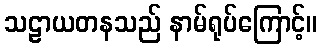
သဠာယတနသည် နာမ်ရုပ်ကြောင့်။